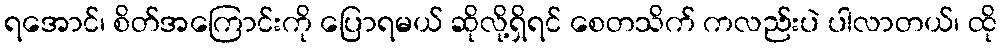
ရအောင်၊ စိတ်အကြောင်းကို ပြောရမယ် ဆိုလို့ရှိရင် စေတသိက် ကလည်းပဲ ပါလာတယ်၊ ထို